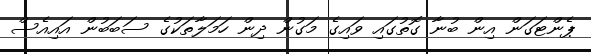
ޕެންޓަގަން އިން ބުނާ ގޮތުގައި ވައިގެ މަގުން ދިން ހަމަލާތަކުގެ ސަބަބުން އައިއެސް